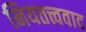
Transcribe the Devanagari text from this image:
नियतत्त्ववाद